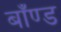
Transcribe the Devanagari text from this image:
बाँण्ड